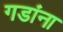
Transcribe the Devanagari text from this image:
गडांना